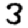
Digit: 3